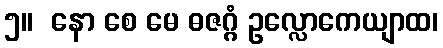
၅။  နော စေ မေ ဓဇဂ္ဂံ ဥလ္လောကေယျာထ၊